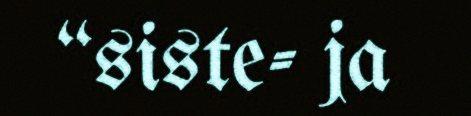
“siste- ja